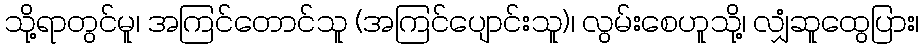
သို့ရာတွင်မူ၊ အကြင်တောင်သူ (အကြင်ပျောင်းသူ)၊ လွမ်းစေဟူသို့၊ လျှံဆူထွေပြား၊